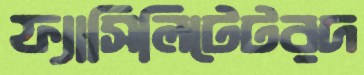
ফ্যাসিলিটেটরদ